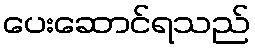
ပေးဆောင်ရသည်